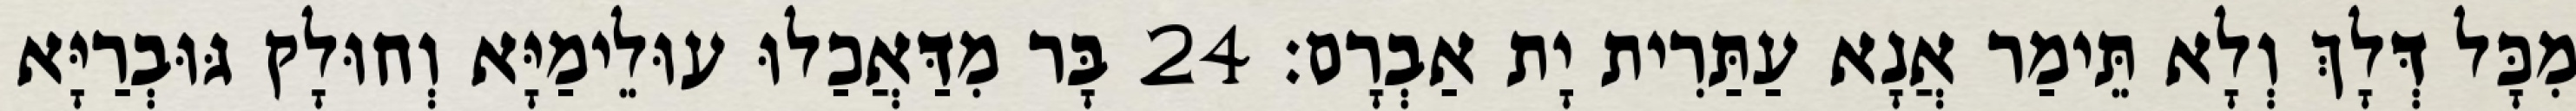
מִכָּל דְּלָךְ וְלָא תֵּימַר אֲנָא עַתַּרִית יָת אַבְרָם׃ 24 בָּר מִדַּאֲכַלוּ עוּלֵימַיָּא וְחוּלָק גּוּבְרַיָּא